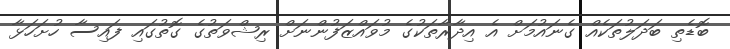
ބޮޑެތި ބަދަލުތަކެއް ގެނައުމަށް އެ އިދާރާތަކުގެ މުވައްޒަފުންނަށް ރިޝްވަތުގެ ގޮތުގައި ފައިސާ ހުށަހަޅާ